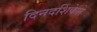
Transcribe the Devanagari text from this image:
दिनदर्शिकेने